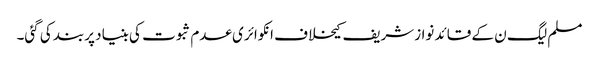
مسلم لیگ ن کے قائد نوازشریف کیخلاف انکوائری عدم ثبوت کی بنیاد پربند کی گئی۔